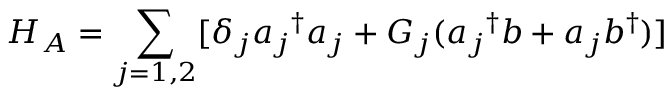
H _ { A } = \sum _ { j = 1 , 2 } [ \delta _ { j } { a _ { j } } ^ { \dagger } a _ { j } + G _ { j } ( { a _ { j } } ^ { \dagger } b + a _ { j } b ^ { \dagger } ) ]